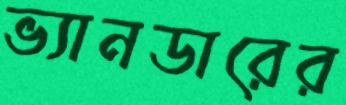
ভ্যানডারের